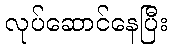
လုပ်ဆောင်နေပြီး